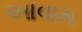
આવામ